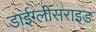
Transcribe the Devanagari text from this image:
डाईग्लीसराइड